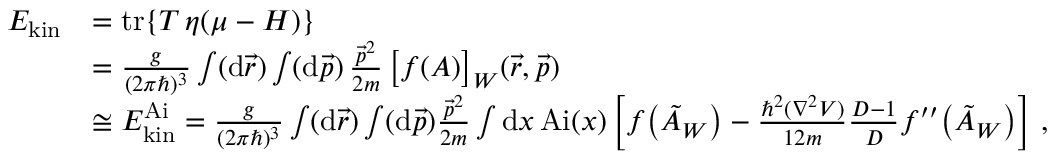
\begin{array} { r l } { E _ { \mathrm { k i n } } } & { = \mathrm { t r } \{ T \, \eta ( \mu - H ) \} } \\ & { = \frac { g } { ( 2 \pi \hbar ) ^ { 3 } } \int ( \mathrm { d } \vec { r } ) \int ( \mathrm { d } \vec { p } ) \, \frac { \vec { p } ^ { 2 } } { 2 m } \, \big [ f ( A ) \big ] _ { W } ( \vec { r } , \vec { p } ) } \\ & { \cong E _ { \mathrm { k i n } } ^ { \mathrm { A i } } = \frac { g } { ( 2 \pi \hbar ) ^ { 3 } } \int ( \mathrm { d } \vec { r } ) \int ( \mathrm { d } \vec { p } ) \frac { \vec { p } ^ { 2 } } { 2 m } \int \mathrm { d } x \, \mathrm { A i } ( x ) \left[ f \big ( \tilde { A } _ { W } \big ) - \frac { \hbar ^ { 2 } ( \boldsymbol { \nabla } ^ { 2 } V ) } { 1 2 m } \frac { D - 1 } { D } f ^ { \prime \prime } \big ( \tilde { A } _ { W } \big ) \right] \, , } \end{array}